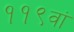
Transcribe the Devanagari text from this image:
११९वां